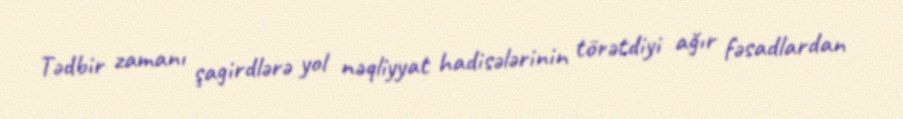
Tədbir zamanı şagirdlərə yol nəqliyyat hadisələrinin törətdiyi ağır fəsadlardan